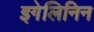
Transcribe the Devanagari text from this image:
इगेलिनिन